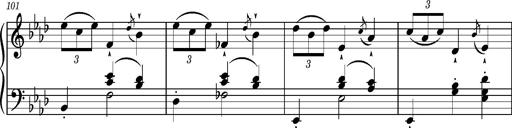
Title: Petite valse favorite
Composer: Franz Liszt
Key: A-flat major